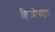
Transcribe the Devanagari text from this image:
क्लिओपाट्रा।